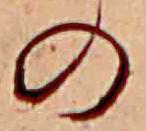
の